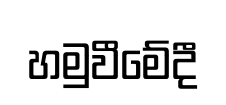
හමුවීමේදී